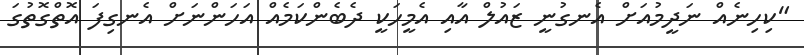
"ކިހިނެއް ނަދީމުއަށް އެނގުނީ ޒައުލް އާއި އެމީހަކީ ދެބެންކަމެއް އަހަންނަށް އެނގިފަ އޮތްގޮތުގަ